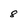
Character: 8